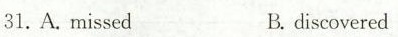
31. A. missedB. discovered